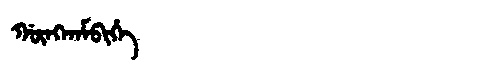
Manchu: ᡤᡡᠩᡴᠠᠮᠪᡳᡥᡝ
Romanization: GŪNGKAMBIHE